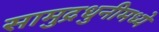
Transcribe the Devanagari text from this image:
सामुद्रधुनीमध्ये